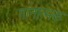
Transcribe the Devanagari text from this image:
गानात्मक